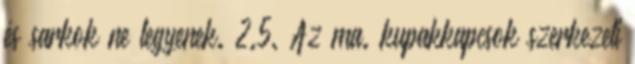
és sarkok ne legyenek. 2.5. Az ma. kupakkapcsok szerkezeti